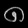
Digit: ၈